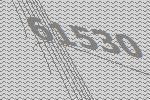
61530